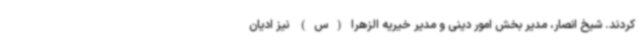
کردند. شیخ انصار، مدیر بخش امور دینی و مدیر خیریه الزهرا(س) نیز ادیان